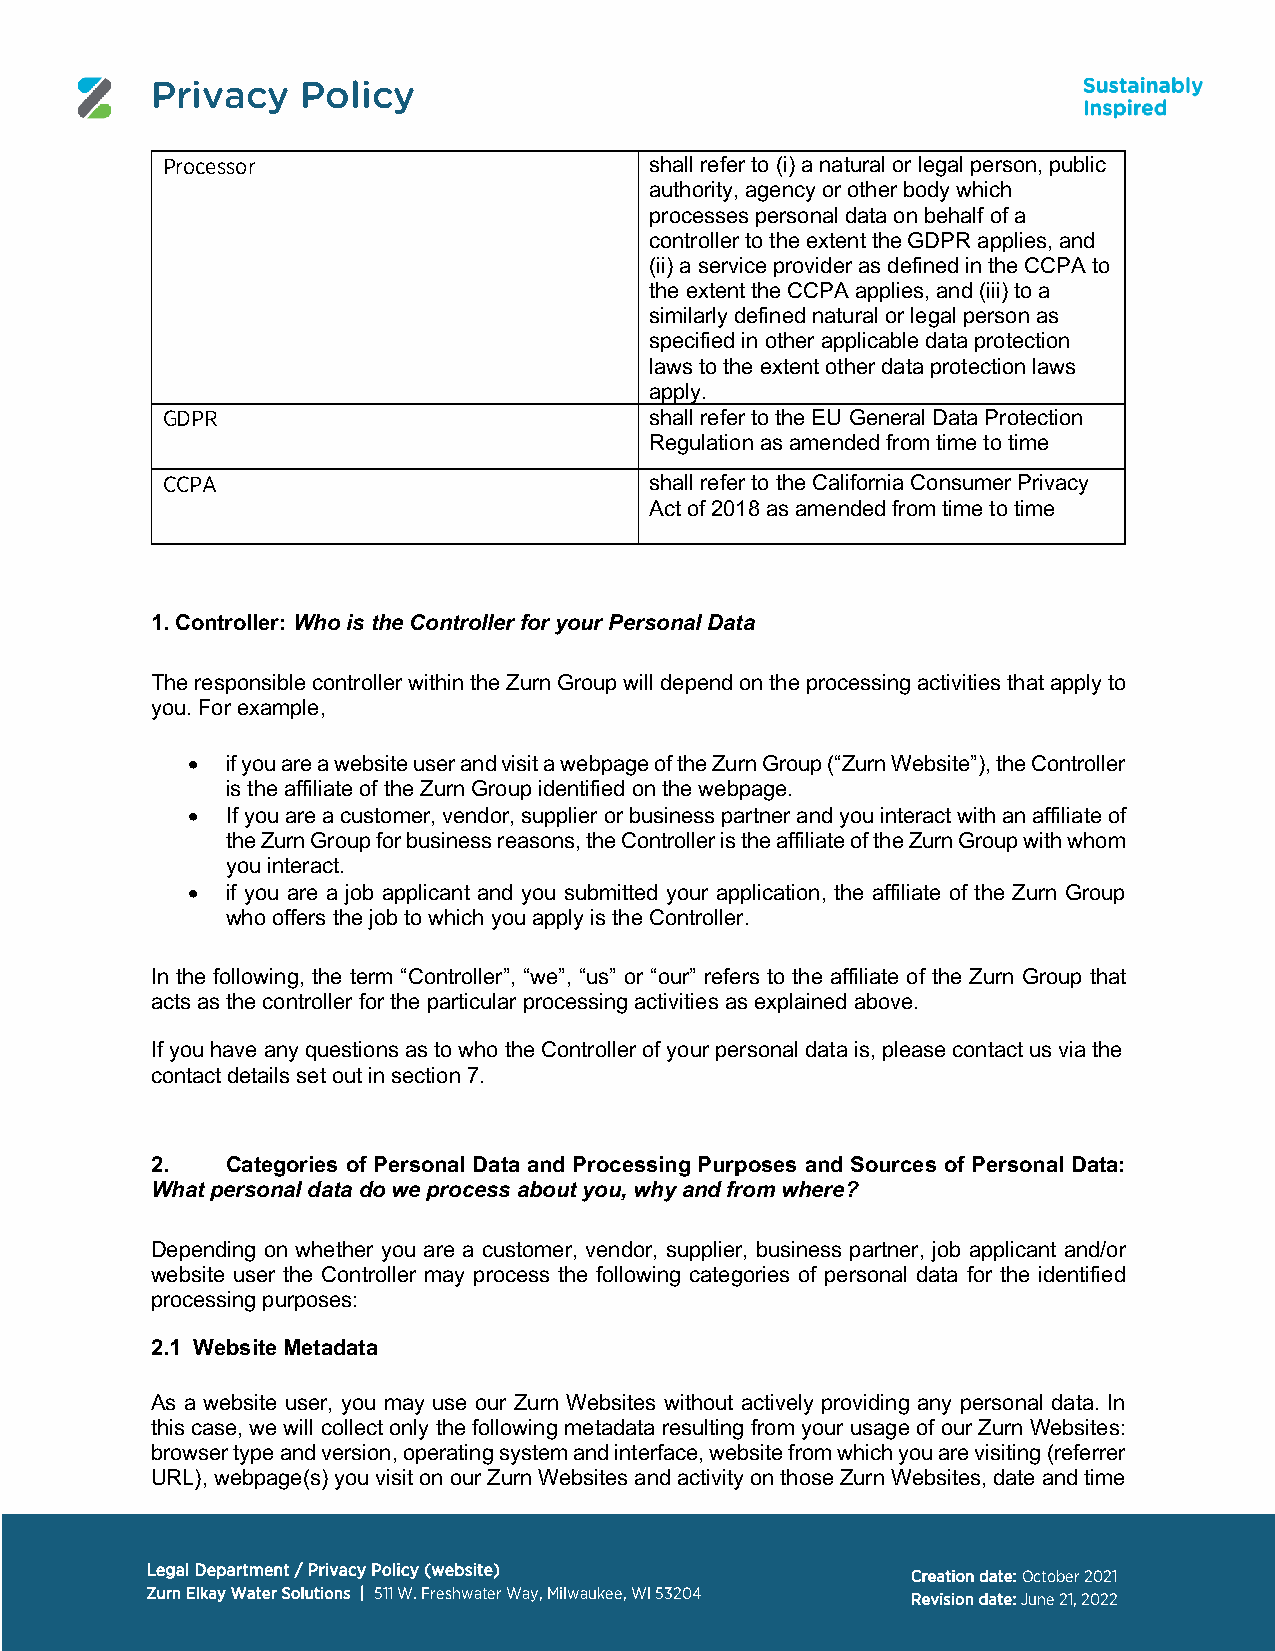
Privacy   Policy
 Processor                       shall refer to (i) a natural or legal person, public
 authority, agency or other body which
 processes personal data on behalf of a
 controller to the extent the GDPR applies, and
 (ii) a service provider as defined in the CCPA to
 the extent the CCPA applies, and (iii) to a
 similarly defined natural or legal person as
 specified in other applicable data protection
 laws to the extent other data protection laws
 apply.
 GDPR                            shall refer to the EU General Data Protection
 Regulation as amended from time to time
 CCPA                            shall refer to the California Consumer Privacy
 Act of 2018 as amended from time to time
 1. Controller: Who is the Controller for your Personal Data
 The responsible controller within the Zurn Group will depend on the processing activities that apply to
 you. For example,
 •  if you are a website user and visit a webpage of the Zurn Group (“Zurn Website”), the Controller
 is the affiliate of the Zurn Group identified on the webpage.
 •  If you are a customer, vendor, supplier or business partner and you interact with an affiliate of
 the Zurn Group for business reasons, the Controller is the affiliate of the Zurn Group with whom
 you interact.
 •  if you are a job applicant and you submitted your application, the affiliate of the Zurn Group
 who offers the job to which you apply is the Controller.
 In the following, the term “Controller”, “we”, “us” or “our” refers to the affiliate of the Zurn Group that
 acts as the controller for the particular processing activities as explained above.
 If you have any questions as to who the Controller of your personal data is, please contact us via the
 contact details set out in section 7.
 2.   Categories of Personal Data and Processing Purposes and Sources of Personal Data:
 What personal data do we process about you, why and from where?
 Depending on whether you are a customer, vendor, supplier, business partner, job applicant and/or
 website user the Controller may process the following categories of personal data for the identified
 processing purposes:
 2.1 Website Metadata
 As a website user, you may use our Zurn Websites without actively providing any personal data. In
 this case, we will collect only the following metadata resulting from your usage of our Zurn Websites:
 browser type and version, operating system and interface, website from which you are visiting (referrer
 URL), webpage(s) you visit on our Zurn Websites and activity on those Zurn Websites, date and time
 Legal Department / Privacy Policy (website)
 Creation date: October 2021
 Zurn Elkay Water Solutions | 511 W. Freshwater Way, Milwaukee, WI 53204 Revision date: June 21, 2022